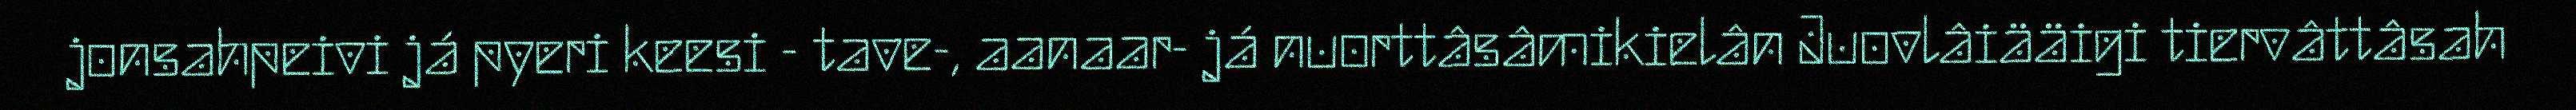
jonsahpeivi já pyeri keesi - tave-, aanaar- já nuorttâsâmikielân Juovlâiääigi tiervâttâsah